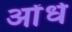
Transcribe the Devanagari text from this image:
ओंधे